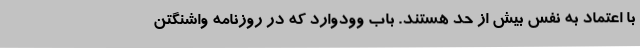
با اعتماد به نفس بیش از حد هستند. باب وودوارد که در روزنامه واشنگتن